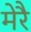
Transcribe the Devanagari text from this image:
मेरै